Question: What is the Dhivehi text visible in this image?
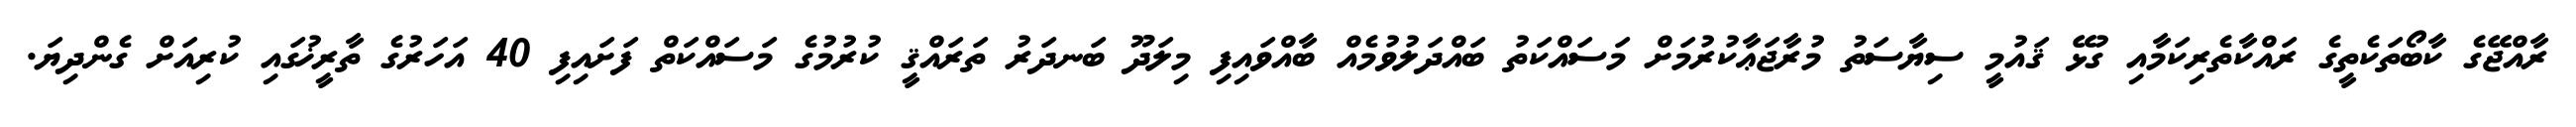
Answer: ރާއްޖޭގެ ކާބޯތަކެތީގެ ރައްކާތެރިކަމާއި ގުޅޭ ޤައުމީ ސިޔާސަތު މުރާޖަޢާކުރުމަށް މަސައްކަތު ބައްދަލުވުމެއް ބާއްވައިފި މިލަދޫ ބަނދަރު ތަރައްޤީ ކުރުމުގެ މަސައްކަތް ފަށައިފި 40 އަހަރުގެ ތާރީޚުގައި ކުރިއަށް ގެންދިޔަ.